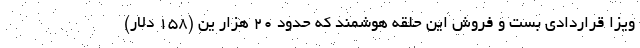
ویزا قراردادی بست و فروش این حلقه هوشمند که حدود ۲۰ هزار ین (۱۵۸ دلار)